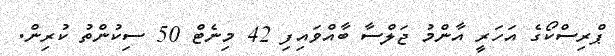
ޕްރިސްކޯގެ އަހަރީ އާންމު ޖަލްސާ ބާއްވައިފި 42 މިނެޓް 50 ސިކުންތު ކުރިން.